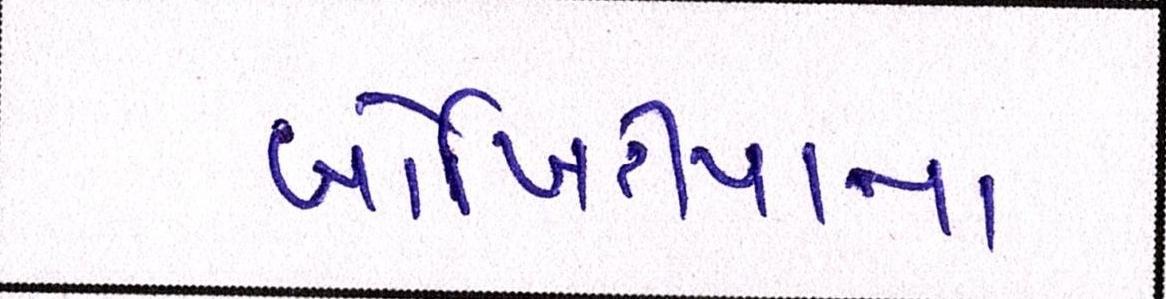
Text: બોખિરીયાના